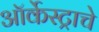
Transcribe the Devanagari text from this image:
ऑर्केस्ट्राचे